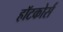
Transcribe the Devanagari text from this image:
हॉटकोर्स